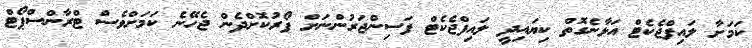
ކަމަށާ ލައިފްޖެކެޓް އަޅާނެގޮތް ކިޔައިދީ ލައިފްޖެކެޓް ފަސިންޖަރުންނަށް ފޯރުކޮށްދެން ޖެހޭނެ ކަމަށްވެސް ޓްރާންސްޕޯޓް